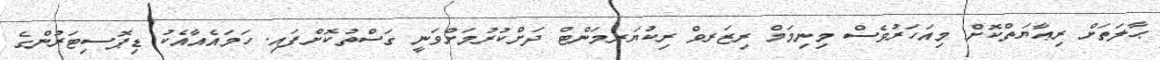
ޙާލަތަށް ރިޢާޔަތްކޮށް މިއަހަރުވެސް މިނިމަމް ރިޒަރވް ރިކުޔަރމަންޓް ދަށްކުރުމަށްވަނީ ގަސްތުކޮށްފައި. ހަމައެއާއެކު ޑިޕޮސިޓަރުންގެ